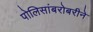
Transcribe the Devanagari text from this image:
पोलिसांबरोबरीने